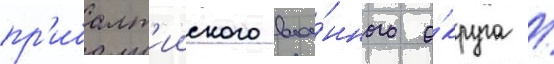
пр'ибалт'ииского вое́нного о́круга /